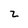
Character: 2